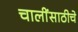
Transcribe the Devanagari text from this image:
चालींसाठीचे